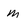
Character: m